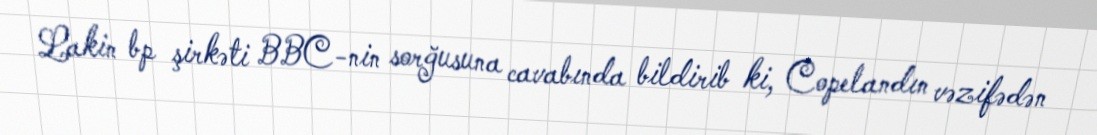
Lakin bp şirkəti BBC-nin sorğusuna cavabında bildirib ki, Copelandın vəzifədən